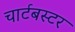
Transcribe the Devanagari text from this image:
चार्टबस्टर